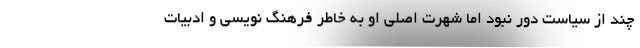
چند از سیاست دور نبود اما شهرت اصلی او به خاطر فرهنگ نویسی و ادبیات